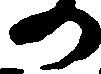
の